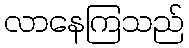
လာနေကြသည်